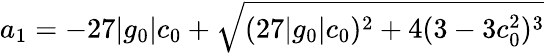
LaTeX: a_{1}=-27|g_{0}|c_{0}+\sqrt{(27|g_{0}|c_{0})^{2}+4(3-3c_{0}^{2})^{3}}